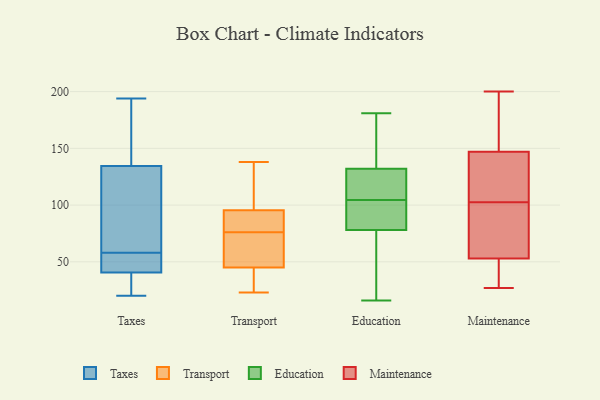
{"axis": {"x": "Humidity (%)", "y": "Value"}, "legend": ["Education", "Maintenance", "Taxes", "Transport"], "data": [{"x": "", "y": 54, "type": "Taxes"}, {"x": "", "y": 127, "type": "Taxes"}, {"x": "", "y": 194, "type": "Taxes"}, {"x": "", "y": 20, "type": "Taxes"}, {"x": "", "y": 145, "type": "Taxes"}, {"x": "", "y": 61, "type": "Taxes"}, {"x": "", "y": 55, "type": "Taxes"}, {"x": "", "y": 32, "type": "Taxes"}, {"x": "", "y": 70, "type": "Taxes"}, {"x": "", "y": 193, "type": "Taxes"}, {"x": "", "y": 23, "type": "Taxes"}, {"x": "", "y": 142, "type": "Taxes"}, {"x": "", "y": 24, "type": "Taxes"}, {"x": "", "y": 53, "type": "Taxes"}, {"x": "", "y": 97, "type": "Taxes"}, {"x": "", "y": 49, "type": "Taxes"}, {"x": "", "y": 34, "type": "Transport"}, {"x": "", "y": 51, "type": "Transport"}, {"x": "", "y": 84, "type": "Transport"}, {"x": "", "y": 89, "type": "Transport"}, {"x": "", "y": 138, "type": "Transport"}, {"x": "", "y": 39, "type": "Transport"}, {"x": "", "y": 102, "type": "Transport"}, {"x": "", "y": 116, "type": "Transport"}, {"x": "", "y": 86, "type": "Transport"}, {"x": "", "y": 68, "type": "Transport"}, {"x": "", "y": 23, "type": "Transport"}, {"x": "", "y": 67, "type": "Transport"}, {"x": "", "y": 55, "type": "Education"}, {"x": "", "y": 181, "type": "Education"}, {"x": "", "y": 67, "type": "Education"}, {"x": "", "y": 16, "type": "Education"}, {"x": "", "y": 130, "type": "Education"}, {"x": "", "y": 134, "type": "Education"}, {"x": "", "y": 101, "type": "Education"}, {"x": "", "y": 108, "type": "Education"}, {"x": "", "y": 120, "type": "Education"}, {"x": "", "y": 101, "type": "Education"}, {"x": "", "y": 89, "type": "Education"}, {"x": "", "y": 167, "type": "Education"}, {"x": "", "y": 127, "type": "Maintenance"}, {"x": "", "y": 200, "type": "Maintenance"}, {"x": "", "y": 27, "type": "Maintenance"}, {"x": "", "y": 53, "type": "Maintenance"}, {"x": "", "y": 77, "type": "Maintenance"}, {"x": "", "y": 168, "type": "Maintenance"}, {"x": "", "y": 147, "type": "Maintenance"}, {"x": "", "y": 86, "type": "Maintenance"}, {"x": "", "y": 40, "type": "Maintenance"}, {"x": "", "y": 119, "type": "Maintenance"}]}